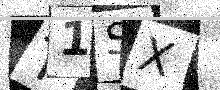
Text: T1SX